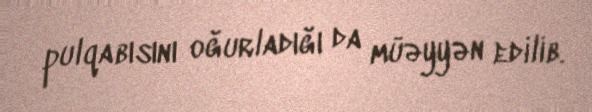
pulqabısını oğurladığı da müəyyən edilib.